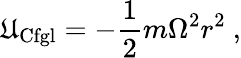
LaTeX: {\mathfrak{U}}_{\mathrm{{Cfgl}}}=-{\frac{{1}}{{2}}}m\Omega^{2}r^{2}\ ,